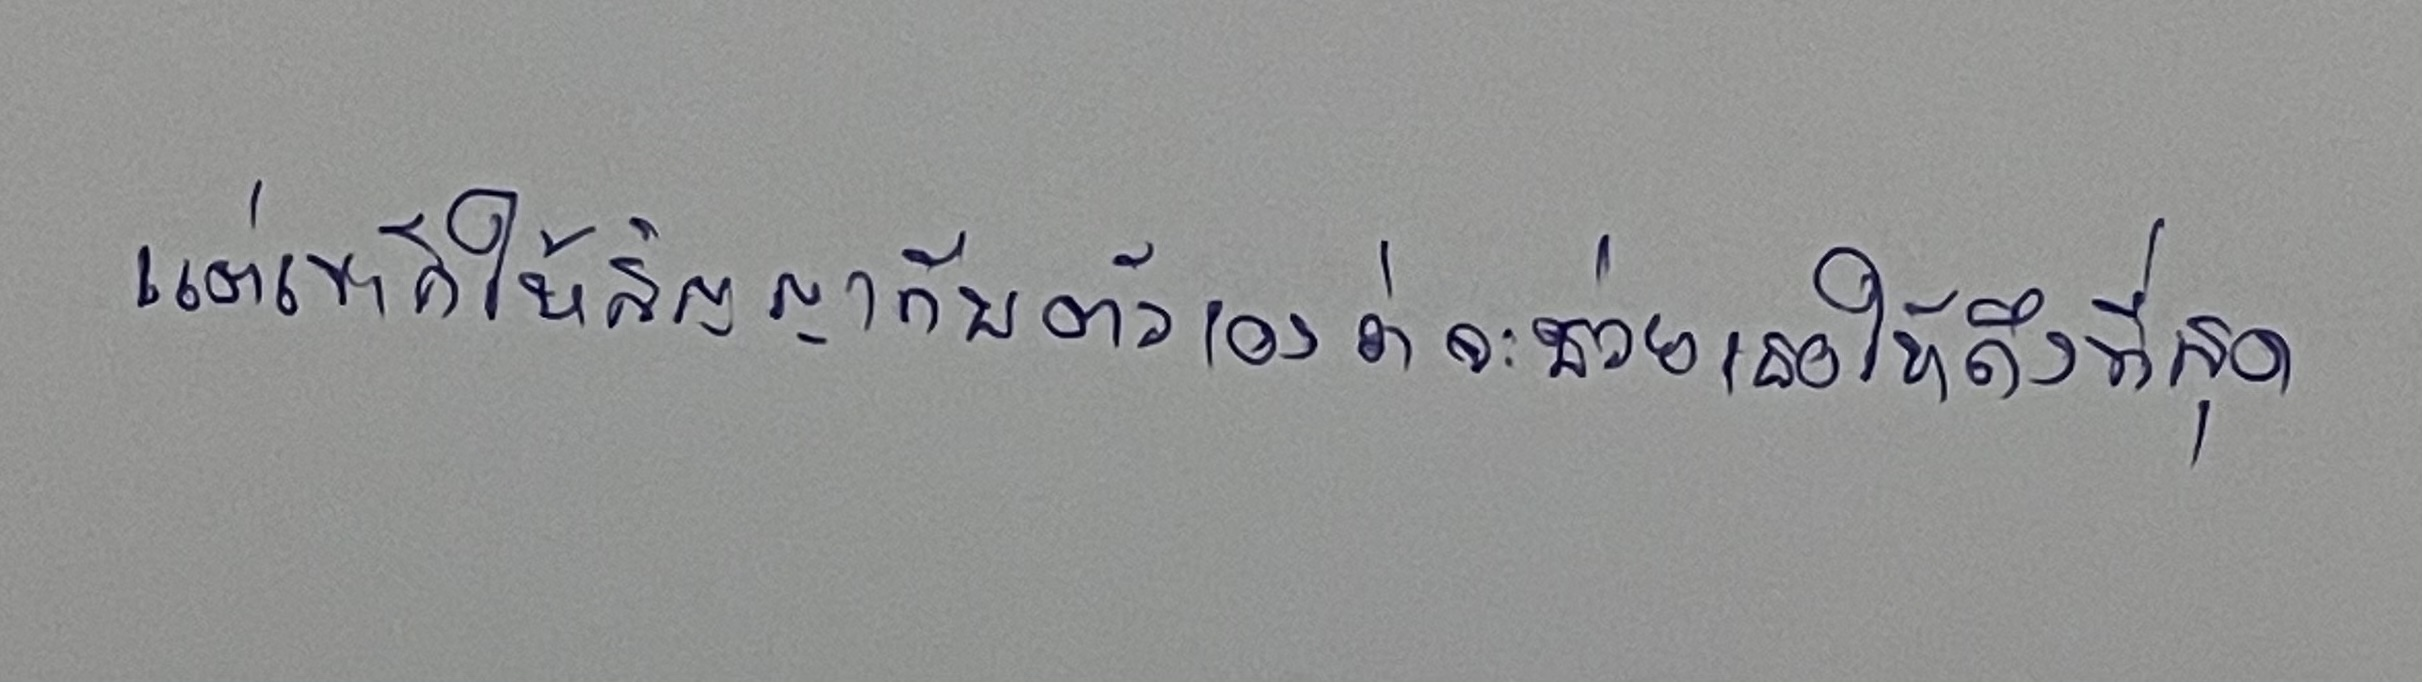
แต่เขาก็ให้สัญญากับตัวเองว่าจะช่วยเธอให้ถึงที่สุด